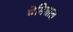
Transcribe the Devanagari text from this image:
बेमिशाल